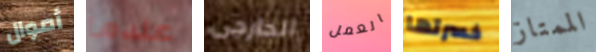
أموال عندما الخارجى العمل خسرتها الممتاز